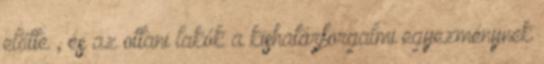
előtte , és az ottani lakók a kishatárforgalmi egyezménynek